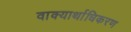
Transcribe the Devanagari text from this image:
वाक्यार्थाधिकरण